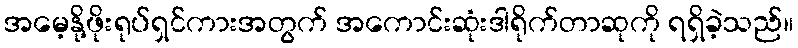
အမေ့နို့ဖိုးရုပ်ရှင်ကားအတွက် အကောင်းဆုံးဒါရိုက်တာဆုကို ရရှိခဲ့သည်။